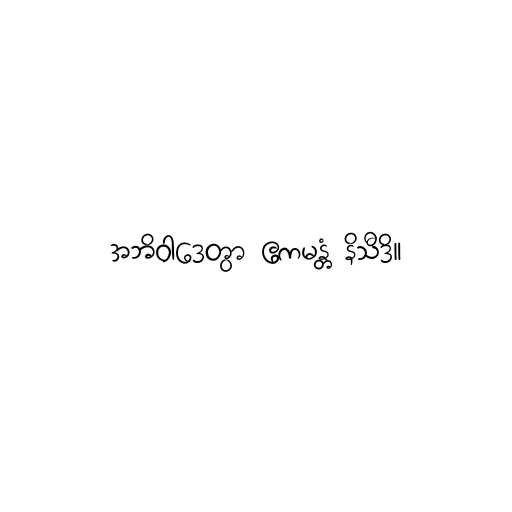
အဘိဝါဒေတွာ ဧကမန္တံ နိသီဒိ။